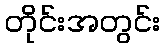
တိုင်းအတွင်း